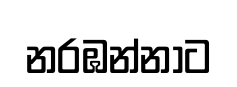
නරඹන්නාට